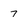
Character: 7